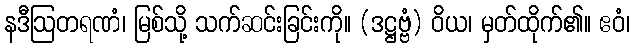
နဒီဩတရဏံ၊ မြစ်သို့ သက်ဆင်းခြင်းကို။ (ဒဋ္ဌဗ္ဗံ) ဝိယ၊ မှတ်ထိုက်၏။ ဧဝံ၊